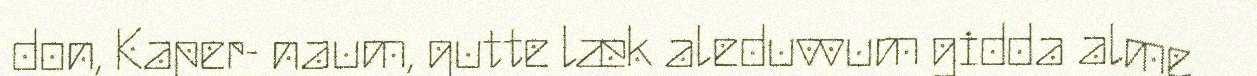
don, Kaper- naum, gutte læk aleduvvum gidda alme